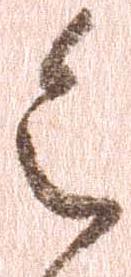
令